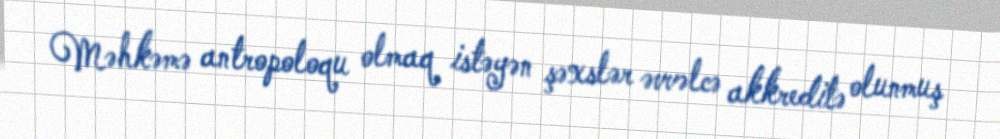
Məhkəmə antropoloqu olmaq istəyən şəxslər əvvəlcə akkreditə olunmuş